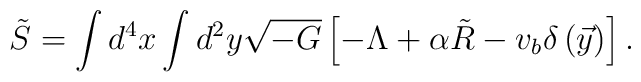
\tilde{S} = \int d^4x\int d^2y \sqrt{-G}           \left[ -\Lambda + \alpha\tilde{R}                   - v_b\delta\left(\vec{y}\right)\right].